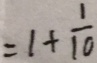
= 1 + \frac { 1 } { 1 0 }